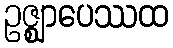
ဥဇ္ဈာပေဿထ